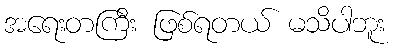
အရေးတကြီး ဖြစ်ရတယ် မသိပါဘူး